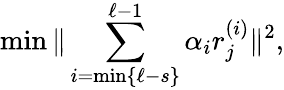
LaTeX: \operatorname*{min}\| \sum_{i=\operatorname*{min}\{ \ell-s\} }^{\ell-1}\alpha_{i}r_{j}^{(i)}\| ^{2},